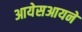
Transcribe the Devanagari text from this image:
आयेसआयने